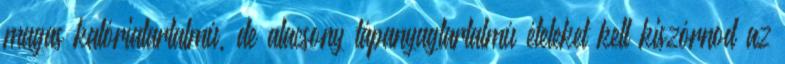
magas kalóriatartalmú, de alacsony tápanyagtartalmú ételeket kell kiszórnod az